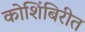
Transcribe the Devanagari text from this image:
कोशिंबिरीत